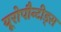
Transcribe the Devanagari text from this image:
यूरोपौन्टीड्स